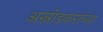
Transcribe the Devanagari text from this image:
अस्नोडकरांच्या